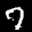
Label: 7